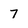
Character: 7